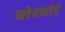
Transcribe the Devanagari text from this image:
ब्लेचफोर्ड